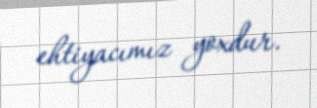
ehtiyacımız yoxdur.